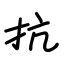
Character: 抗